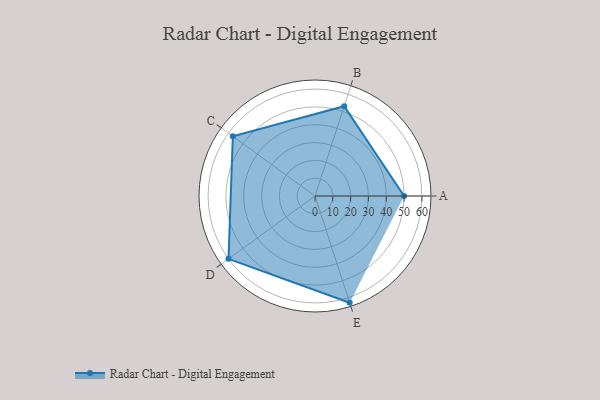
{"axis": {"x": "Skill", "y": "Score"}, "legend": ["Profile"], "data": [{"x": "A", "y": 50.0, "type": "Profile"}, {"x": "B", "y": 53.0, "type": "Profile"}, {"x": "C", "y": 57.0, "type": "Profile"}, {"x": "D", "y": 60.0, "type": "Profile"}, {"x": "E", "y": 63.0, "type": "Profile"}]}